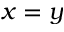
x = y